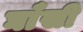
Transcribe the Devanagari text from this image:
घाँसी